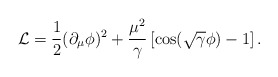
\begin{align*}{\cal {L}}=\frac{1}{2}(\partial _{\mu }\phi )^{2}+\frac{\mu ^{2}}{\gamma }\left[ \cos (\sqrt{\gamma }\phi )-1\right] .\end{align*}